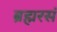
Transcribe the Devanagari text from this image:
ब्रह्मरसं